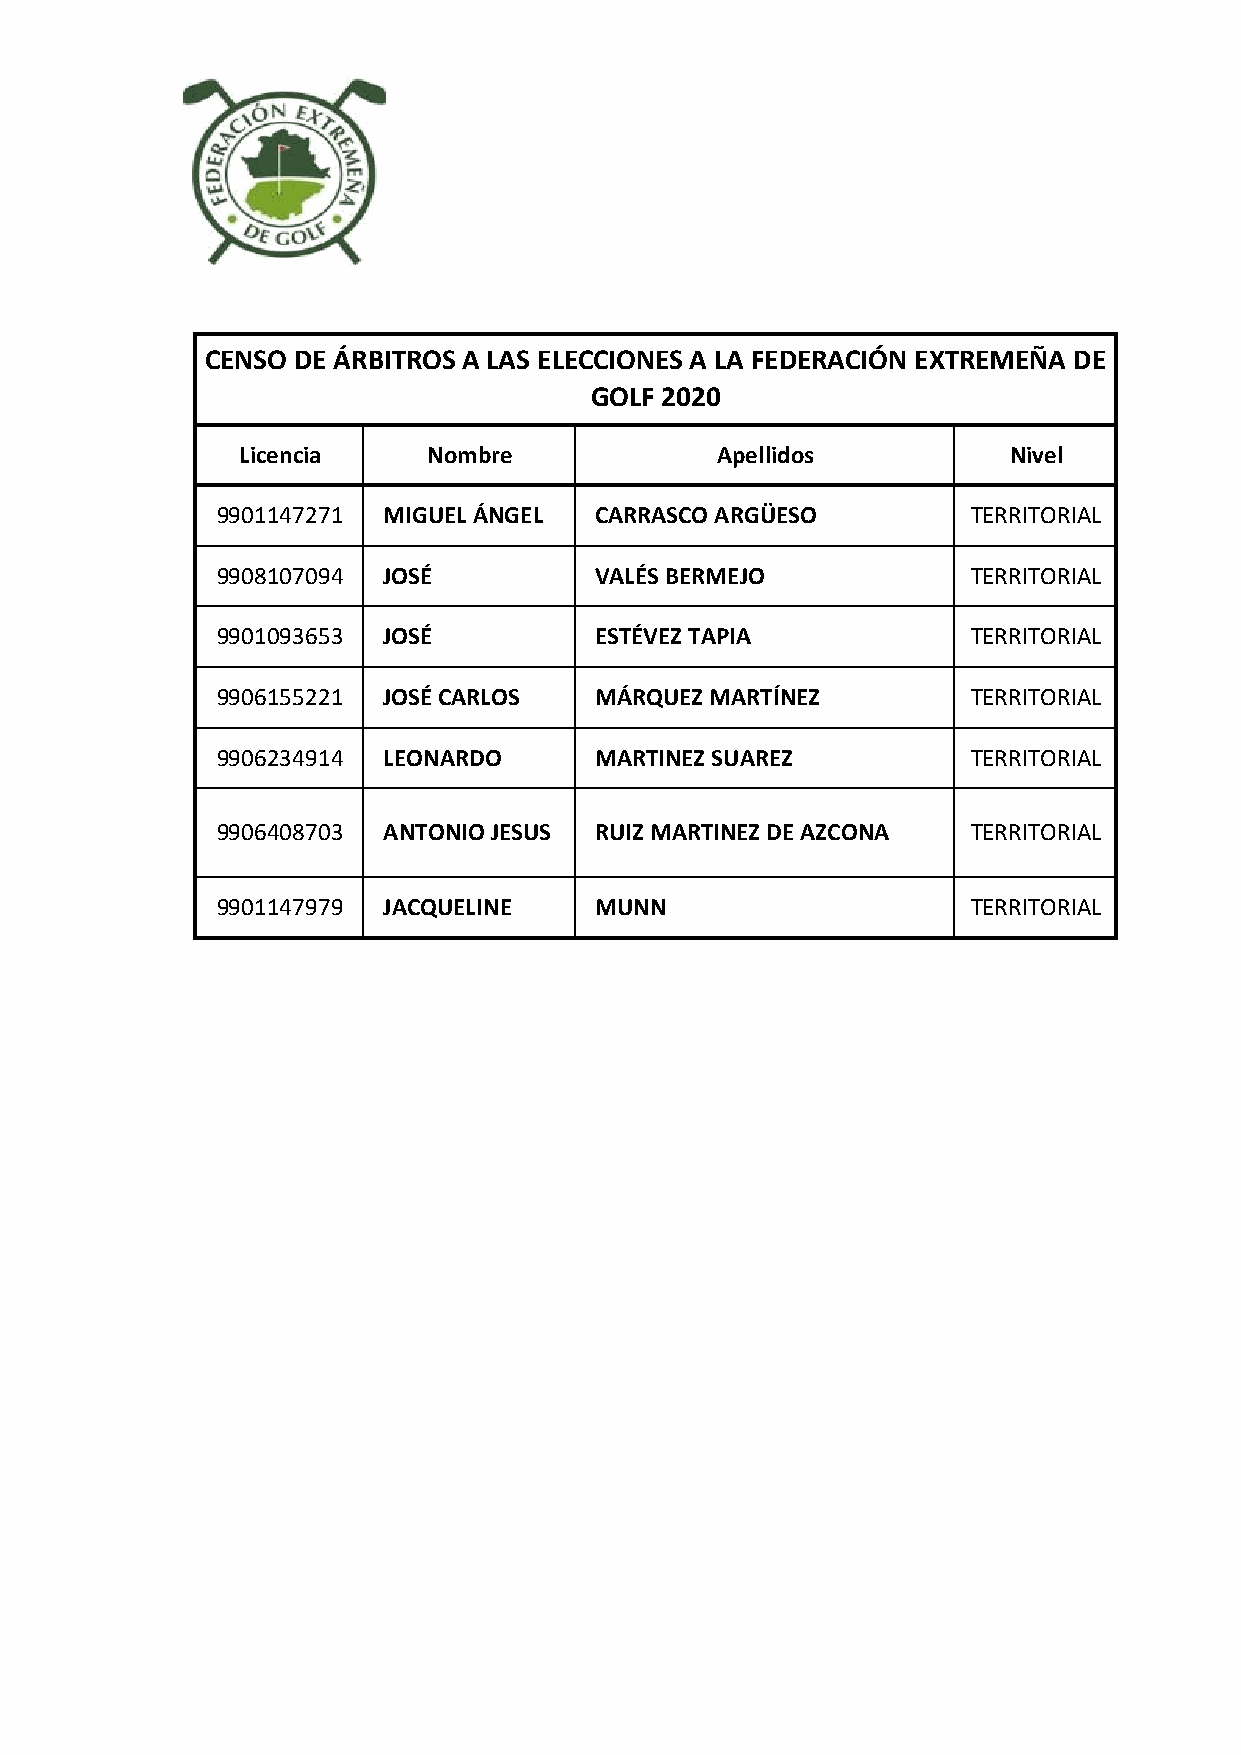
CENSO DE ÁRBITROS A LAS ELECCIONES A LA FEDERACIÓN EXTREMEÑA DE
 GOLF 2020
 Licencia    Nombre             Apellidos           Nivel
 9901147271 MIGUEL ÁNGEL  CARRASCO ARGÜESO         TERRITORIAL
 9908107094 JOSÉ          VALÉS BERMEJO            TERRITORIAL
 9901093653 JOSÉ          ESTÉVEZ TAPIA            TERRITORIAL
 9906155221 JOSÉ CARLOS   MÁRQUEZ MARTÍNEZ         TERRITORIAL
 9906234914 LEONARDO      MARTINEZ SUAREZ          TERRITORIAL
 9906408703 ANTONIO JESUS RUIZ MARTINEZ DE AZCONA  TERRITORIAL
 9901147979 JACQUELINE    MUNN                     TERRITORIAL